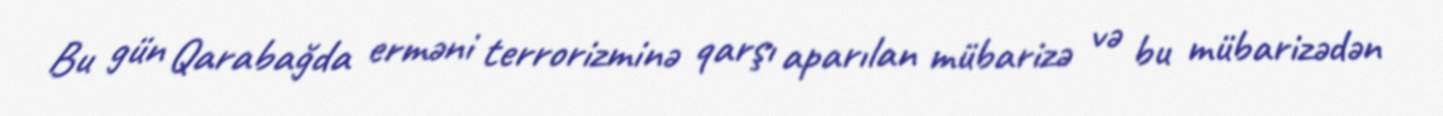
Bu gün Qarabağda erməni terrorizminə qarşı aparılan mübarizə və bu mübarizədən